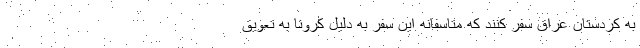
به کردستان عراق سفر کنند که متاسفانه این سفر به دلیل کرونا به تعویق